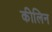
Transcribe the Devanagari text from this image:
कीलिन